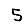
Digit: 5